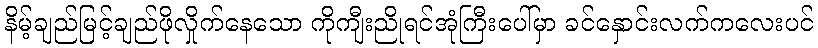
နိမ့်ချည်မြင့်ချည်ဖိုလှိုက်နေသော ကိုကျီးညိုရင်အုံကြီးပေါ်မှာ ခင်နှောင်းလက်ကလေးပင်